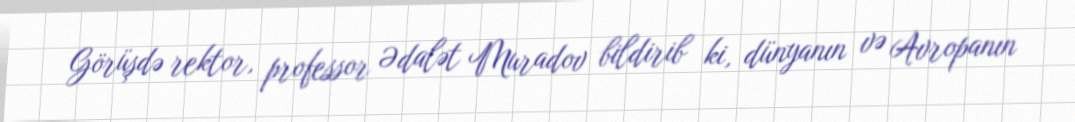
Görüşdə rektor, professor Ədalət Muradov bildirib ki, dünyanın və Avropanın